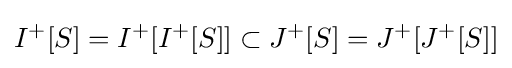
I^{+}[S]=I^{+}[I^{+}[S]]\subset J^{+}[S]=J^{+}[J^{+}[S]]